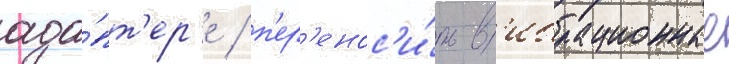
ада́пт'ер'е / п'ер'енос'и́ть в'ибрационные